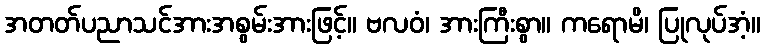
အတတ်ပညာသင်အားအစွမ်းအားဖြင့်။ ဗလဝံ၊ အားကြီးစွာ။ ကရောမိ၊ ပြုလုပ်အံ့။